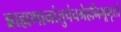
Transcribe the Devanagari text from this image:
ब्राह्मणानांतुपंचमेहनिभूभृतां